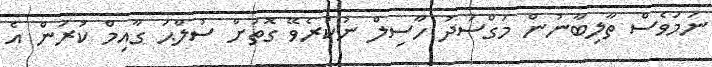
ނަމަވެސް ތާލިބާނުން މަގްސަދު ހާސިލް ނުކުރެވޭ ގޮތަށް ސުލްޙަ ގާއިމް ކުރަން އެ